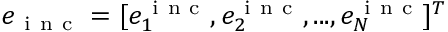
e _ { \mathrm { ~ i ~ n ~ c ~ } } = [ e _ { 1 } ^ { \mathrm { ~ i ~ n ~ c ~ } } , e _ { 2 } ^ { \mathrm { ~ i ~ n ~ c ~ } } , . . . , e _ { N } ^ { \mathrm { ~ i ~ n ~ c ~ } } ] ^ { T }